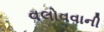
વલોવવાની